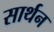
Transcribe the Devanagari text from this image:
सार्थन